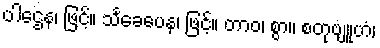
ပါဌေန၊ ဖြင့်။ သင်္ခေပေန၊ ဖြင့်။ တာဝ၊ စွာ။ စတုဗျူဟံ၊